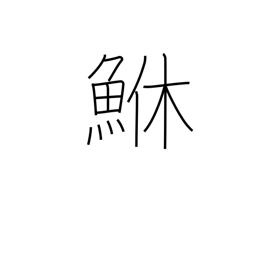
Meaning: rockfish